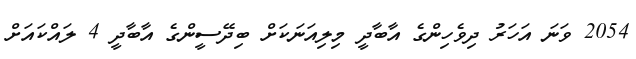
2054 ވަނަ އަހަރު ދިވެހިންގެ އާބާދީ މިލިއަނަކަށް ބިދޭސީންގެ އާބާދީ 4 ލައްކައަށް